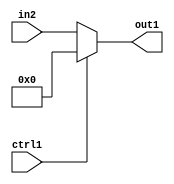
`timescale 1ps / 1ps
/*****************************************************************************
    Verilog RTL Description
    
    
    Created by: Stratus DpOpt 21.05.01 
*******************************************************************************/

module SobelFilter_N_Mux_8_2_0_1 (
	in2,
	ctrl1,
	out1
	); /* architecture "behavioural" */ 
input [7:0] in2;
input  ctrl1;
output [7:0] out1;
wire [7:0] asc001;

reg [7:0] asc001_tmp_0;
assign asc001 = asc001_tmp_0;
always @ (ctrl1 or in2) begin
	case (ctrl1)
		1'B1 : asc001_tmp_0 = 8'B00000000 ;
		default : asc001_tmp_0 = in2 ;
	endcase
end

assign out1 = asc001;
endmodule

/* CADENCE  uLT2Two= : u9/ySxbfrwZIxEzHVQQV8Q== ** DO NOT EDIT THIS LINE ******/